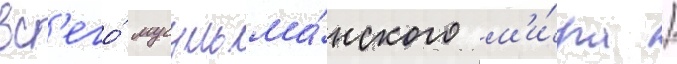
вс'его́ мусульма́нского м'и́ра /